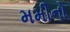
મમીનો